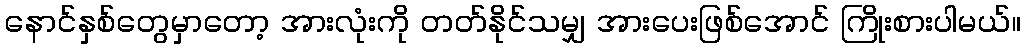
နောင်နှစ်တွေမှာတော့ အားလုံးကို တတ်နိုင်သမျှ အားပေးဖြစ်အောင် ကြိုးစားပါမယ်။